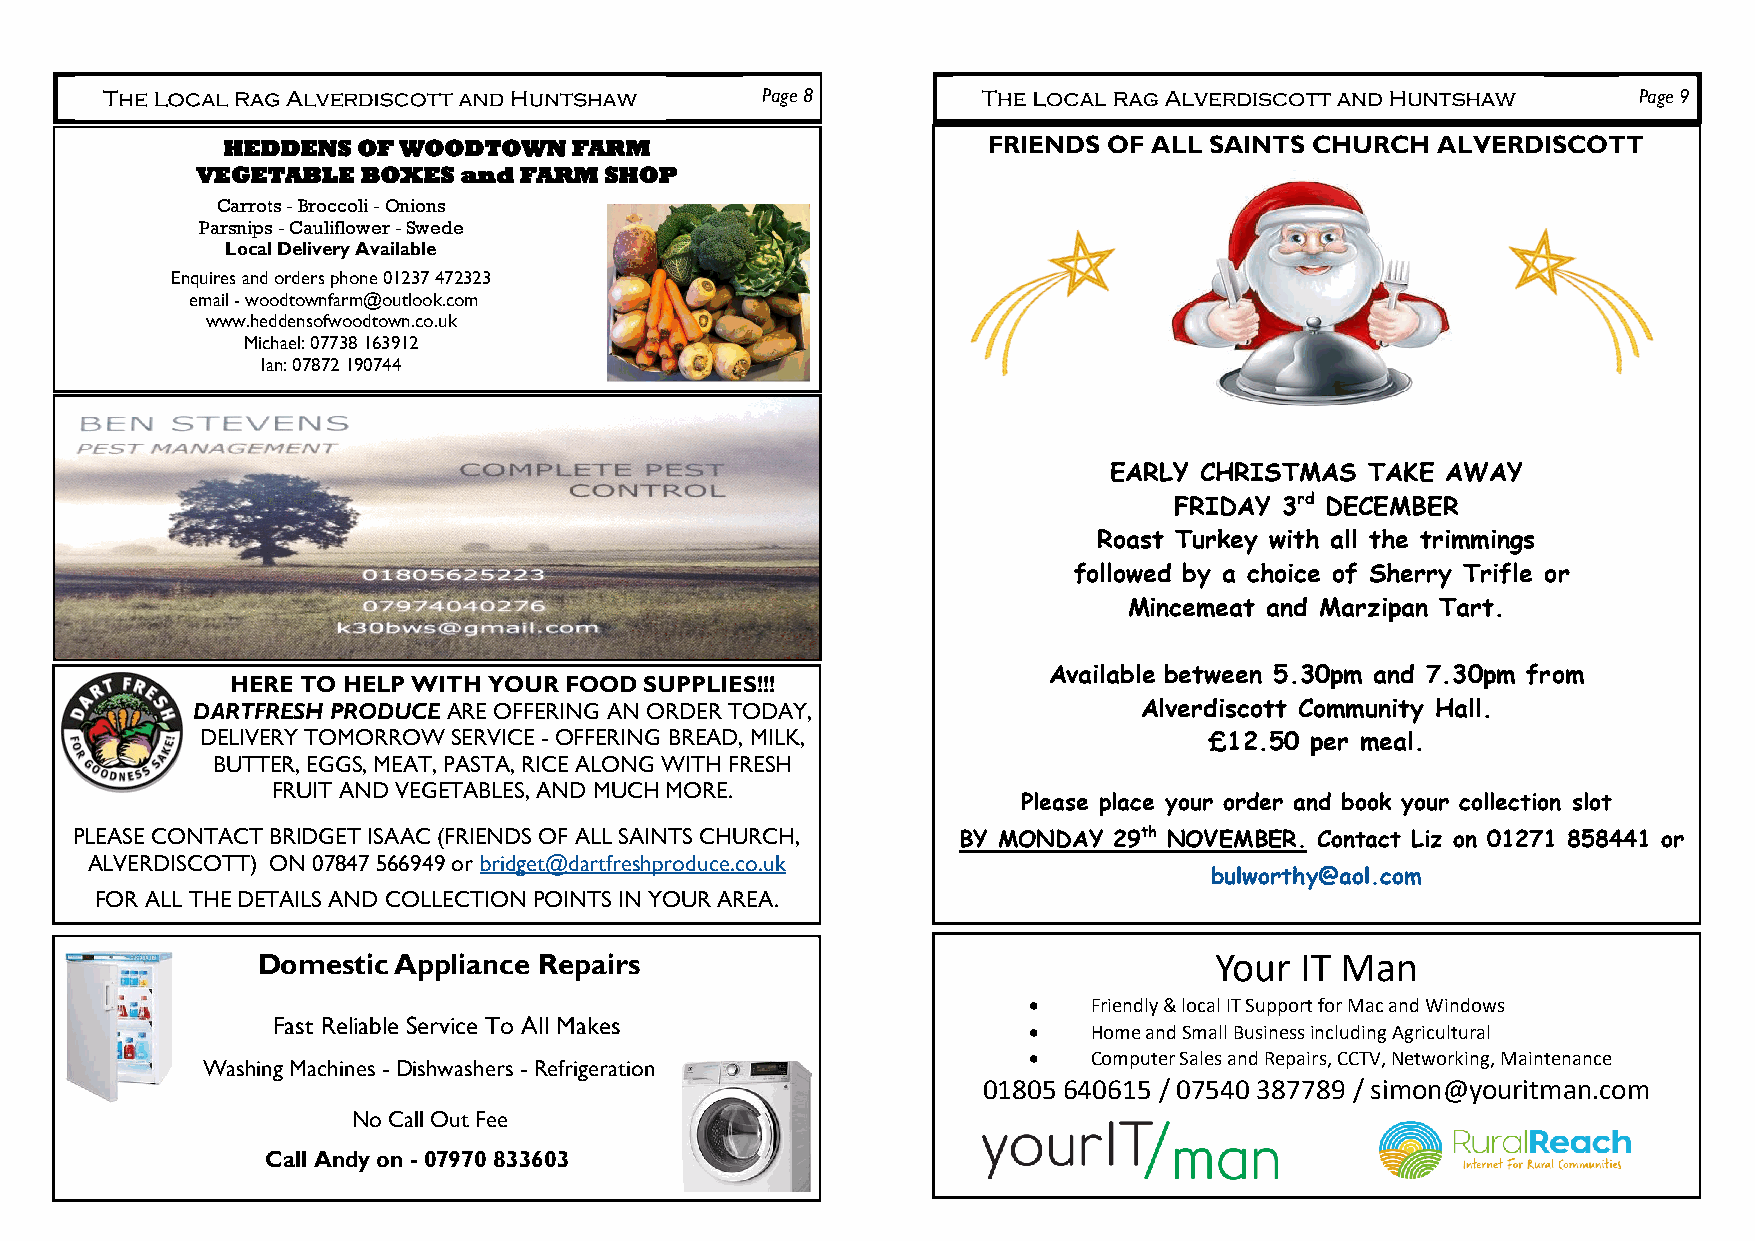
Page 8                                                    Page 9
 HEDDENS  OF WOODTOWN   FARM                       FRIENDS OF ALL SAINTS CHURCH  ALVERDISCOTT
 VEGETABLE  BOXES and FARM  SHOP
 Carrots - Broccoli - Onions
 Parsnips - Cauliflower - Swede
 Local Delivery Available
 Enquires and orders phone 01237 472323
 email - woodtownfarm@outlook.com
 www.heddensofwoodtown.co.uk
 Michael: 07738 163912
 Ian: 07872 190744
 EARLY CHRISTMAS  TAKE  AWAY
 FRIDAY 3rd DECEMBER
 Roast Turkey with all the trimmings
 followed by a choice of Sherry Trifle or
 Mincemeat and Marzipan Tart.
 Available between 5.30pm and 7.30pm from
 HERE TO HELP WITH YOUR FOOD SUPPLIES!!!
 DARTFRESH PRODUCE ARE OFFERING AN ORDER TODAY,                Alverdiscott Community Hall.
 DELIVERY TOMORROW SERVICE - OFFERING BREAD, MILK,                  £12.50 per meal.
 BUTTER, EGGS, MEAT, PASTA, RICE ALONG WITH FRESH
 FRUIT AND VEGETABLES, AND MUCH MORE.
 Please place your order and book your collection slot
 PLEASE CONTACT BRIDGET ISAAC (FRIENDS OF ALL SAINTS CHURCH, BY MONDAY 29th NOVEMBER. Contact Liz on 01271 858441 or
 ALVERDISCOTT) ON 07847 566949 or bridget@dartfreshproduce.co.uk
 bulworthy@aol.com
 FOR ALL THE DETAILS AND COLLECTION POINTS IN YOUR AREA.
 Domestic Appliance Repairs                                     Your  IT Man
 •   Friendly & local IT Support for Mac and Windows
 Fast Reliable Service To All Makes
 •   Home and Small Business including Agricultural
 •   Computer Sales and Repairs, CCTV, Networking, Maintenance
 Washing Machines - Dishwashers - Refrigeration
 01805 640615 / 07540 387789 / simon@youritman.com
 No Call Out Fee
 Call Andy on - 07970 833603